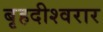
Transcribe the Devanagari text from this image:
बृहदीश्वरार